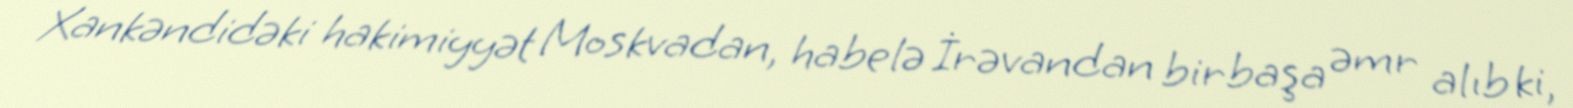
Xankəndidəki hakimiyyət Moskvadan, habelə İrəvandan birbaşa əmr alıb ki,